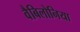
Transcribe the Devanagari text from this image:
वैबिलोनिया